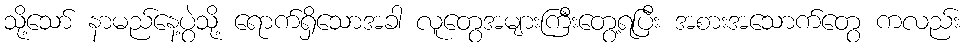
သို့သော် နာမည်နေ့ပွဲသို့ ရောက်ရှိသောအခါ လူတွေအများကြီးတွေ့ရပြီး အစားအသောက်တွေ ကလည်း